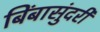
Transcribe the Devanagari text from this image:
बिंबासुंदरी